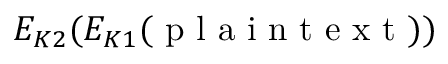
E _ { K 2 } ( E _ { K 1 } ( { \textrm { p l a i n t e x t } } ) )